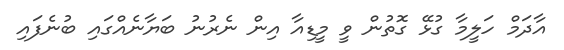
އާދަމް ހަލީމާ ގުޅޭ ގޮތުން ވީ މީޑިއާ އިން ނެރުނު ބަޔާނެއްގައި ބުނެފައި